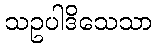
သဥပါဒိသေသာ